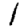
Digit: 1